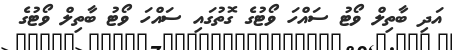
އަދި ބާތިލް ވޯޓު ސައްހަ ވޯޓުގެ ގޮތުގައި ސައްހަ ވޯޓު ބާތިލް ވޯޓުގެ